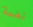
نغمة